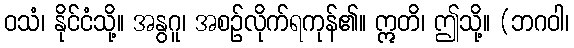
ဝသံ၊ နိုင်ငံသို့။ အနွဂူ၊ အစဉ်လိုက်ရကုန်၏။ ဣတိ၊ ဤသို့။ (ဘဂဝါ၊